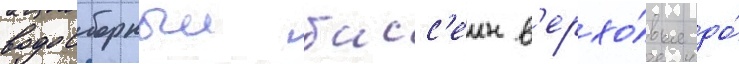
водосборныи басс'еин в'ерхо́вья до́